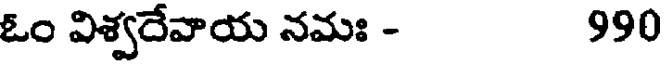
ఓం విశ్వదేవాయ నమః - 990